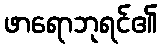
ဖာရောဘုရင်၏